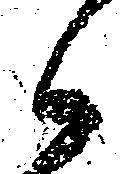
候